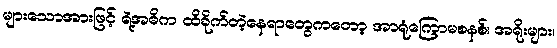
များသောအားဖြင့် ရဲ့အဓိက ထိခိုက်တဲ့နေရာတွေကတော့ အာရုံကြောမစနစ်၊ အရိုးများ၊